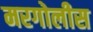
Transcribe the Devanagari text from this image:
मरगोलीस